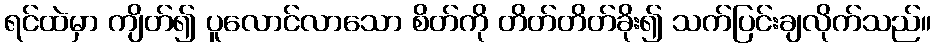
ရင်ထဲမှာ ကျိတ်၍ ပူလောင်လာသော စိတ်ကို တိတ်တိတ်ခိုး၍ သက်ပြင်းချလိုက်သည်။